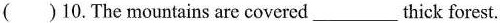
( )10.The mountains are covered ___ thick forest.